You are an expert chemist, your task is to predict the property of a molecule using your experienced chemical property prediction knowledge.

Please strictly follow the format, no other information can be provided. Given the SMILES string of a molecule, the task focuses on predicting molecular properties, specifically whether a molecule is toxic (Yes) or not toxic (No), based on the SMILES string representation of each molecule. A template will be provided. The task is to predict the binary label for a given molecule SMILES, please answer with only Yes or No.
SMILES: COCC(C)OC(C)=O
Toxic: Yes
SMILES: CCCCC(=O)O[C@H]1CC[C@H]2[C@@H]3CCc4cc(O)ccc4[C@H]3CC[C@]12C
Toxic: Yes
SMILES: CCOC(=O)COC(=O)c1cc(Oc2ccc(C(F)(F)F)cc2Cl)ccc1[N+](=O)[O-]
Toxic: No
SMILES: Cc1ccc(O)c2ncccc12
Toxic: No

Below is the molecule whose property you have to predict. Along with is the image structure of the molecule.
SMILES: O=P(O)(OCc1ccccc1)OCc1ccccc1
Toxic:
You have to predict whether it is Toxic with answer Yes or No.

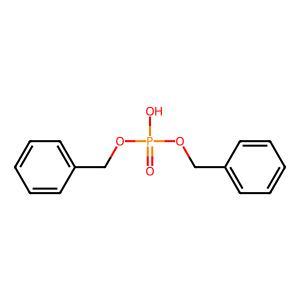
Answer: No